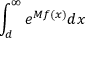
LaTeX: \int _ { d } ^ { \infty } e ^ { M f ( x ) } d x